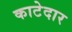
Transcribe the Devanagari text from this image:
काटेदार